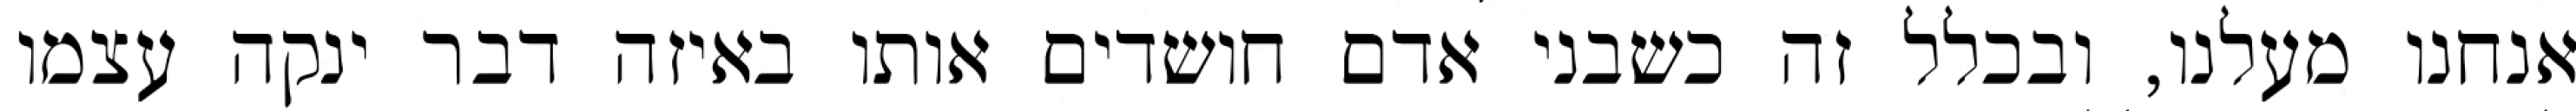
אנחנו מעלנו, ובכלל זה כשבני אדם חושדים אותו באיזה דבר ינקה עצמו